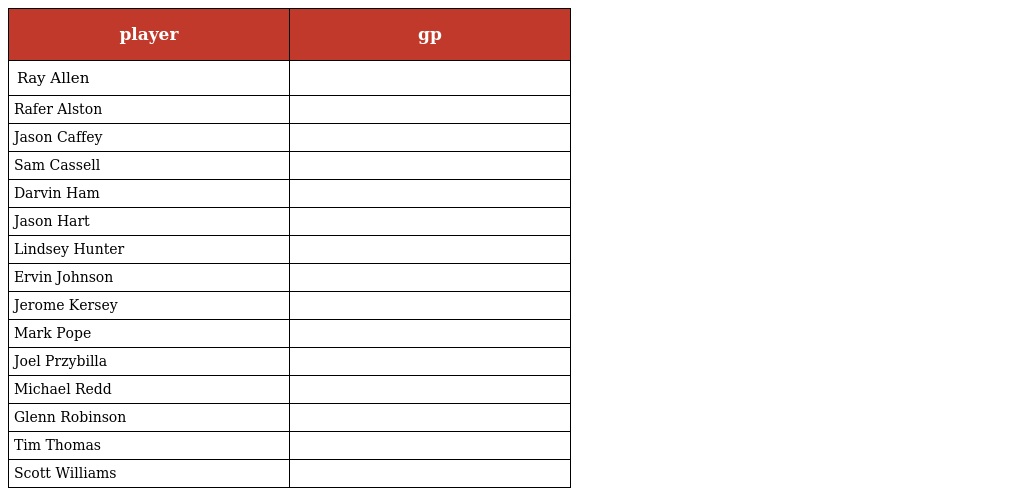
| player | gp |
 | --- | --- |
 | Ray Allen |  |
 | Rafer Alston |  |
 | Jason Caffey |  |
 | Sam Cassell |  |
 | Darvin Ham |  |
 | Jason Hart |  |
 | Lindsey Hunter |  |
 | Ervin Johnson |  |
 | Jerome Kersey |  |
 | Mark Pope |  |
 | Joel Przybilla |  |
 | Michael Redd |  |
 | Glenn Robinson |  |
 | Tim Thomas |  |
 | Scott Williams |  |